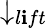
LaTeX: \downarrow_{l\mathbf{i}ft}